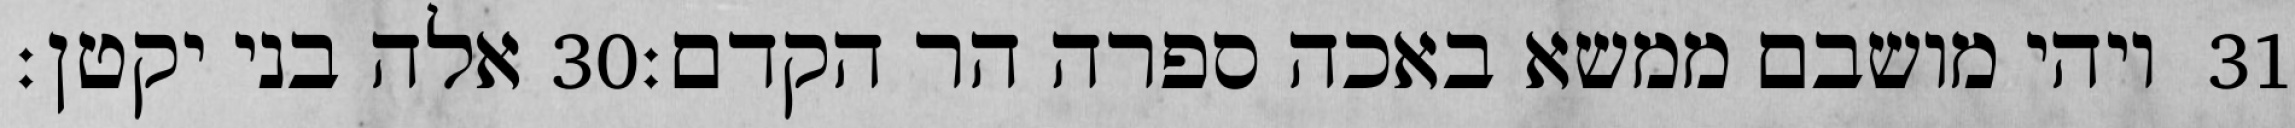
אלה בני יקטן׃ ‎30‏ ויהי מושבם ממשא באכה ספרה הר הקדם׃ ‎31‏